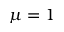
\mu = 1